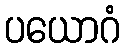
ပယောဂံ